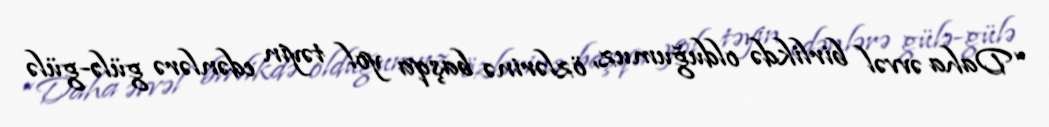
“Daha əvvəl birlikdə olduğumuz, özlərinə başqa yol təyin edənlərə gülə-gülə